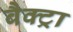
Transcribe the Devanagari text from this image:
बैक्ट्रा